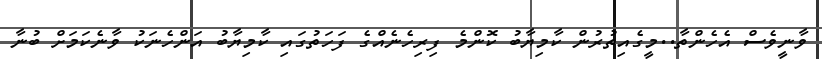
ވާނީވެސް އެހެންތާ..މީގެއިތުރުން ކާމިޔާބު ކޮންމެ ފިރިހެނެއްގެ ފަހަތުގައި ކާމިޔާބު އަންހެނަކު ވާނެކަމަށް ބުނާ